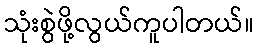
သုံးစွဲဖို့လွယ်ကူပါတယ်။